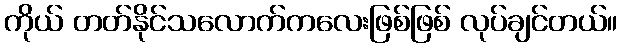
ကိုယ် တတ်နိုင်သလောက်ကလေးဖြစ်ဖြစ် လုပ်ချင်တယ်။